Annual report of the Bengal Veterinary College, and of the Civil Veterinary Department, Bengal, for the year 1901-1902 - 1901-1902
Year: 1901
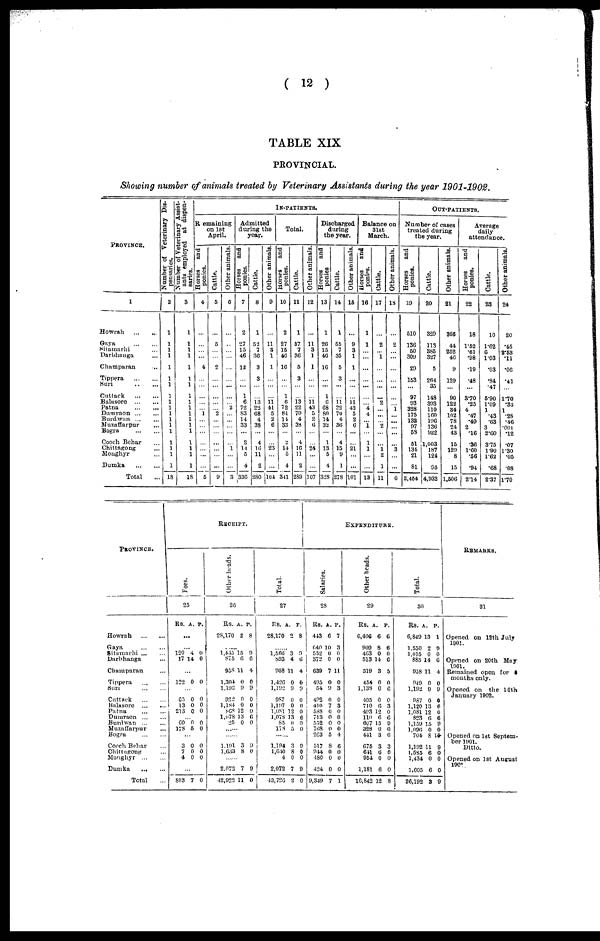
( 12 )
TABLE XIX
PROVINCIAL.
Showing number of animals treated by Veterinary Assistants during the pear 1901-1902.
PROVINCE.
l
Howrah
...
...
Gaya
...
...
Sitamarhi ...
Darbhunga ...
Champaran ...
Tippera
...
...
Suri
...
...
Cuttack
...
...
Balasore
...
...
Patna
...
...
Dumraon
...
...
Burdwan
...
...
Muzatfarpur ...
Bogra
...
...
Cooch Behar ...
Chittagong ...
Monghyr ...
Dumka
...
...
Total ...
Number of Veterinary Dis-
pensaries.
2
1
1
1
1
1
1
1
1
1
1
1
1
1
1
1
1
1
1
18
Number of Veterinary Assist-
ants employed at dispen-
saries.
3
1
1
1
1
1
1
1
1
1
1
1
1
1
1
1
1
1
1
18
In-patients.
Remaining
on 1st
April.
Horses
and
ponies.
4
...
...
...
...
4
...
...
...
...
...
1
...
...
...
...
...
...
...
5
Cattle.
5
...
5
...
...
2
...
...
...
...
...
2
...
...
...
...
...
...
...
9
Other animals.
6
...
...
...
...
...
...
...
...
...
2
...
...
...
...
...
1
...
...
3
Admitted
during the
year.
Horses
and
ponies.
7
2
27
15
46
12
...
...
1
6
72
83
14
33
...
2
14
5
4
336
Cattle.
8
1
52
7
36
3
3
...
13
22
68
4
38
...
4
10
11
2
280
Other animals.
9
...
11
3
1
1
...
...
ii
41
5
2
6
...
23
...
...
104
Total.
Horses
and
ponies.
10
2
27
15
46
16
...
...
1
6
72
84
14
33
...
2
14
5
4
341
Cattle.
11
1
57
7
36
5
3
...
13
22
70
4
38
...
4
16
11
2
289
Other animals.
12
...
11
3
1
1
...
...
ii
43
5
2
6
...
24
...
...
107
Discharged
during
the year.
Horses
and
ponies
13
1
26
15
46
16
...
...
1
6
68
80
14
32
...
1
13
5
4
328
Cattle.
14
1
65
7
35
5
3
...
ii
70
4
36
...
4
15
9
1
278
Other animals.
15
...
9
3
1
1
...
...
11
42
0
2
6
...
21
...
...
101
Balance on
31st
March.
Horses
and
ponies.
16
1
1
...
...
...
...
...
...
4
4
...
1
...
1
1
...
...
13
Cattle.
17
...
2
...
1
...
...
...
2
...
...
...
2
...
...
1
2
1
11
Other animals.
18
...
2
...
...
...
...
...
...
1
...
...
...
...
...
3
...
...
6
Out-patients.
Number of cases
treated during
the year.
Horses
and
ponies.
19
510
136
50
309
29
153
...
97
03
328
175
132
07
58
51
134
21
81
2,454
Cattle.
20
329
113
385
327
5
264
35
148
393
110
160
106
136
922
1,003
187
124
95
4,932
Other animals.
21
366
44
252
46
9
129
...
90
122
34
102
78
24
43
15
120
8
15
1,506
Average
daily
attendance.
Horses
and
ponies.
22
18
1.52
.61
.98
.19
.48
...
3"70
.25
4
.47
.49
2
.16
.36
1.60
.56
.94
2.14
Cattle.
23
10
1.62
6
1.03
.03
.84
.47
5.90
1.09
1
.43
.63
3
2.60
375
1.90
1.62
.68
2.37
Other animals.
24
20
.45
2.63
.11
.06
.41
...
1.70
.33
1
.28
.46
.001
.12
.07
1.30
.05
.08
1.70
Province.
Howrah
...
...
Gaya
...
...
Sitamarhi ... ...
Darbhanga ...
Champaran ...
Tippera
...
...
Sun
...
...
Cuttack
...
...
Balasore
...
...
Patna
...
...
Dumraon
...
...
Burdwan
...
...
Muzaffarpur ...
Bogra
...
...
Cooch Behar ...
Chittngong ...
Monghyr
...
...
Dumka
... ...
Total ...
Recei
pt
.
Fees.
25
Rs.
...
120
17
...
122
...
65
13
213
...
60
178
...
3
7
4
...
803
A.
...
4
14
0
0
0
0
0
5
0
0
0
7
P.
0
0
0
0
0
0
0
0
0
0
0
0
Other heads.
26
Rs.
28,170
......
1,445
875
958
1,304
1,102
022
1,184
868
1,078
25
......
......
1.101
1,633
.........
2.072
42,022
A.
2
15
6 6
11
0
9
0
0
12
13
0
3
8
7
11
P.
8
9
4
0
9
0
0
0
6
0
9
0
9
0
Total.
27
Rs.
28,170
......
1,566
893
058
1,426
1,192
987
1,107
1,081
1,078
85 0 0
178
......
1,194
1,640
4
2,072
43,726
A.
2
3
4
11
0
9
0
0
12
13
5
3
8
0
7
2
P.
8
9
6
4
0
9
0
0
0
6
0
9
0
0
9
0
Expendit
Salaries.
28
Rs.
443
640 1
552
372
639
495
54
492
410
588
713
552
768
263
517
944
480
424
9,349
A.
6
0
0
0
7
0
9
0
7
0
0
0
0
5
8
0
0
0
7
P.
7
3
0
0
11
0
3
0
3
0
0
0
0
4
6
0
0
0
1
ur e.
Other heads.
29
Rs.
6,406
909
463
513
319
454
1,138
405
710
403
110
607
328
411
675
641
954
1,181
10,842
A.
6
8
0
14
3
0
0
0
0
12
6
15
0
3
3
6
0
6
12
P.
6
6
0
6
5
0
0
0
3
0
6
9
0
6
3
0
0
0
8
Total.
30
Rs.
6,849
1,550
1,015
885
958
949
1,102
987
1,120
1,081
823
1,159
1,090
704
1,102
1,585
1,434
1,005
26,192
A.
13
2
0
14
11
0
9
0
13
12
6
15
0
8
11
6
0
6
3
P.
1
9
0
6
4
0
9
0
6
0
6
9
0
10
9
0
0
0
9
Remarks.
31
Opened on 12th July
1901.
Opened on 20th May
1001.
Remained open for
months only.
Opened on the 16th
January 1902.
Opened on 1st Septem-
ber 1901.
Ditto.
Opened on 1st August
190